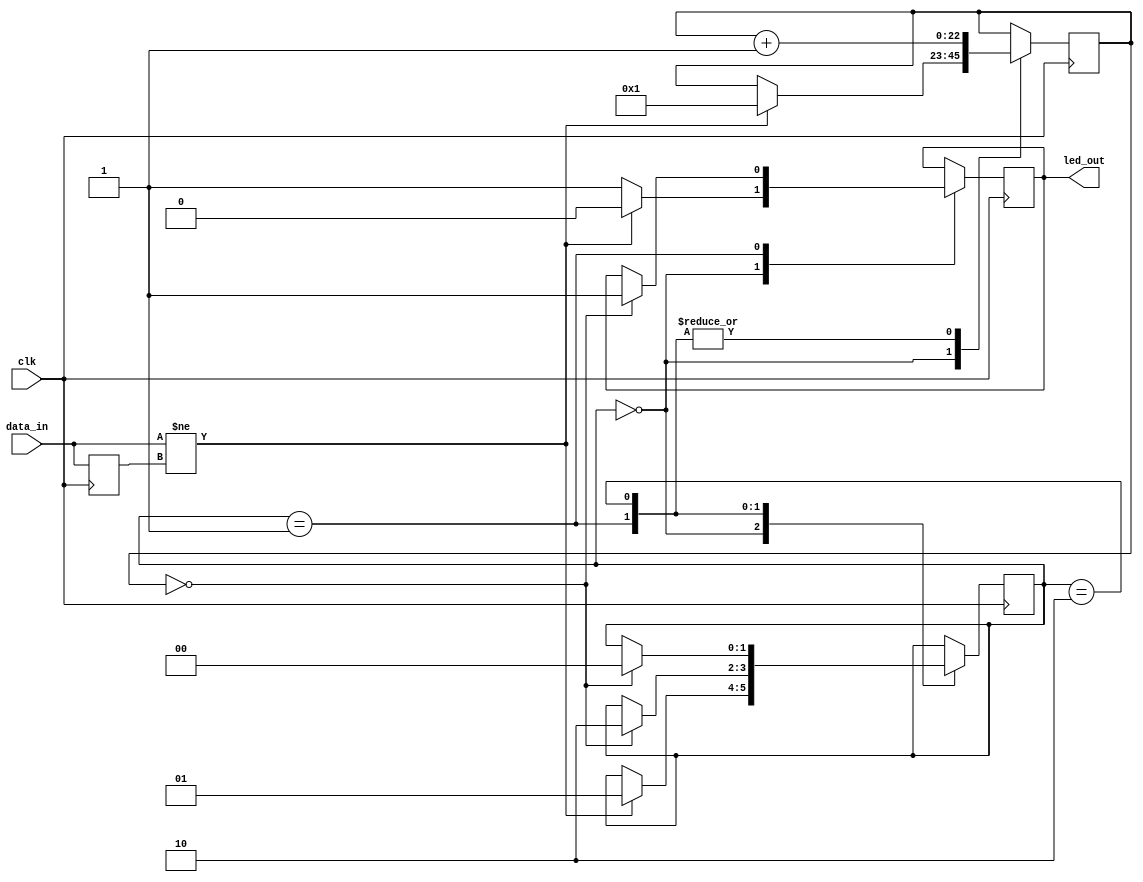
`timescale 1ns / 1ps
/***********************************************************************************************************************
*                                                                                                                      *
* ANTIKERNEL v0.1                                                                                                      *
*                                                                                                                      *
* Copyright (c) 2012-2016 Andrew D. Zonenberg                                                                          *
* All rights reserved.                                                                                                 *
*                                                                                                                      *
* Redistribution and use in source and binary forms, with or without modification, are permitted provided that the     *
* following conditions are met:                                                                                        *
*                                                                                                                      *
*    * Redistributions of source code must retain the above copyright notice, this list of conditions, and the         *
*      following disclaimer.                                                                                           *
*                                                                                                                      *
*    * Redistributions in binary form must reproduce the above copyright notice, this list of conditions and the       *
*      following disclaimer in the documentation and/or other materials provided with the distribution.                *
*                                                                                                                      *
*    * Neither the name of the author nor the names of any contributors may be used to endorse or promote products     *
*      derived from this software without specific prior written permission.                                           *
*                                                                                                                      *
* THIS SOFTWARE IS PROVIDED BY THE AUTHORS "AS IS" AND ANY EXPRESS OR IMPLIED WARRANTIES, INCLUDING, BUT NOT LIMITED   *
* TO, THE IMPLIED WARRANTIES OF MERCHANTABILITY AND FITNESS FOR A PARTICULAR PURPOSE ARE DISCLAIMED. IN NO EVENT SHALL *
* THE AUTHORS BE HELD LIABLE FOR ANY DIRECT, INDIRECT, INCIDENTAL, SPECIAL, EXEMPLARY, OR CONSEQUENTIAL DAMAGES        *
* (INCLUDING, BUT NOT LIMITED TO, PROCUREMENT OF SUBSTITUTE GOODS OR SERVICES; LOSS OF USE, DATA, OR PROFITS; OR       *
* BUSINESS INTERRUPTION) HOWEVER CAUSED AND ON ANY THEORY OF LIABILITY, WHETHER IN CONTRACT, STRICT LIABILITY, OR TORT *
* (INCLUDING NEGLIGENCE OR OTHERWISE) ARISING IN ANY WAY OUT OF THE USE OF THIS SOFTWARE, EVEN IF ADVISED OF THE       *
* POSSIBILITY OF SUCH DAMAGE.                                                                                          *
*                                                                                                                      *
***********************************************************************************************************************/

/**
	@file
	@author Andrew D. Zonenberg
	@brief Pulse-stretching activity LED.
	
	LED output is normally in IDLE_STATE. Whenever an edge is seen on data_in it will change to the opposite state for
	a short time, then back. Edges seen during this period are ignored.
 */
module PulseStretcher(clk, data_in, led_out);

	////////////////////////////////////////////////////////////////////////////////////////////////////////////////////
	// IO / parameter declarations
	
	parameter IDLE_STATE = 1;
	
	input wire clk;
	input wire data_in;
	output reg led_out = IDLE_STATE;
	
	////////////////////////////////////////////////////////////////////////////////////////////////////////////////////
	// Main state machine
	
	reg[22:0] count = 0;
	reg data_in_old = 0;

	reg[1:0] state = 0;
	always @(posedge clk) begin
	
		data_in_old <= data_in;
	
		case(state)
		
			//Idle - sit around and wait for edges
			0: begin
				led_out <= IDLE_STATE;
				if(data_in != data_in_old) begin
					count <= 1;
					state <= 1;
					led_out <= !IDLE_STATE;
				end
			end
			
			//LED is in blink state, count until we overflow and turn it back to the idle state
			1: begin
				if(count == 0) begin
					led_out <= IDLE_STATE;
					state <= 2;
				end
				
				count <= count + 23'h1;
			end
			
			//LED is back in idle state, but don't blink again until we've been here for a while
			2: begin
				if(count == 0)
					state <= 0;
					
				count <= count + 23'h1;
			end
		
		endcase	
	end

endmodule